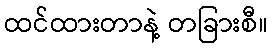
ထင်ထားတာနဲ့ တခြားစီ။